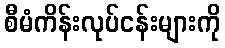
စီမံကိန်းလုပ်ငန်းများကို